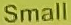
Small